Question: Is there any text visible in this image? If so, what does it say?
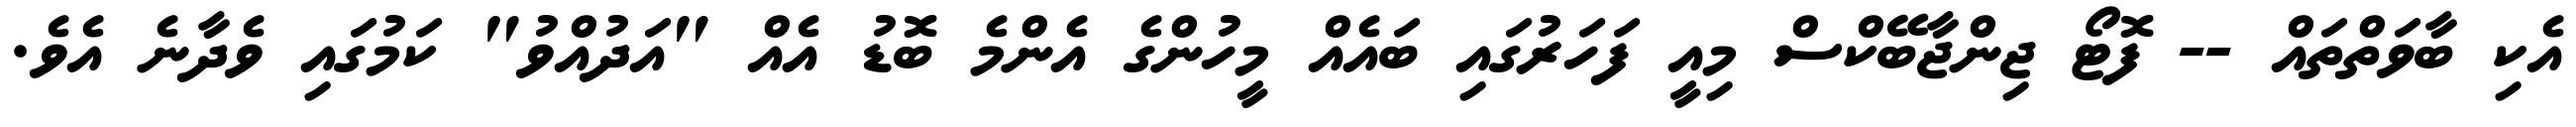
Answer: އެކި ބާވަތްތައް -- ފޮޓޯ ޖިންޖާބޭކްސް މިއީ ފަހަރުގައި ބައެއް މީހުންގެ އެންމެ ބޮޑު އެއް "އަދުއްވު" ކަމުގައި ވެދާނެ އެވެ.